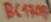
Text: BC176B